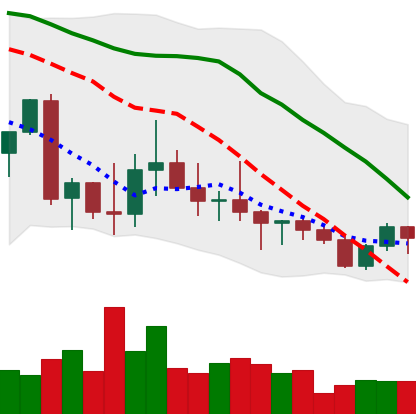
Ticker: ADA-USD
Chart end date: 2022-10-05
Forward return: -6.834%
Label: down_5_7